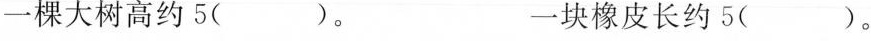
一棵大树高约5( )。 一块橡皮长约5( )。